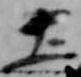
土